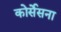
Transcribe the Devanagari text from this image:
कोर्सेसना